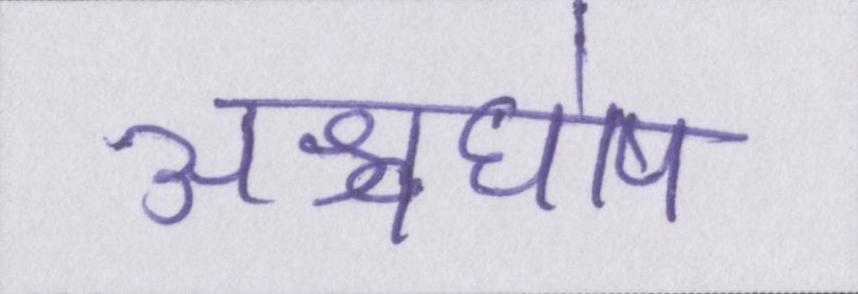
अश्वघोष